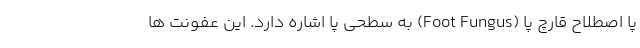
پا اصطلاح قارچ پا (Foot Fungus) به سطحی پا اشاره دارد. این عفونت ها